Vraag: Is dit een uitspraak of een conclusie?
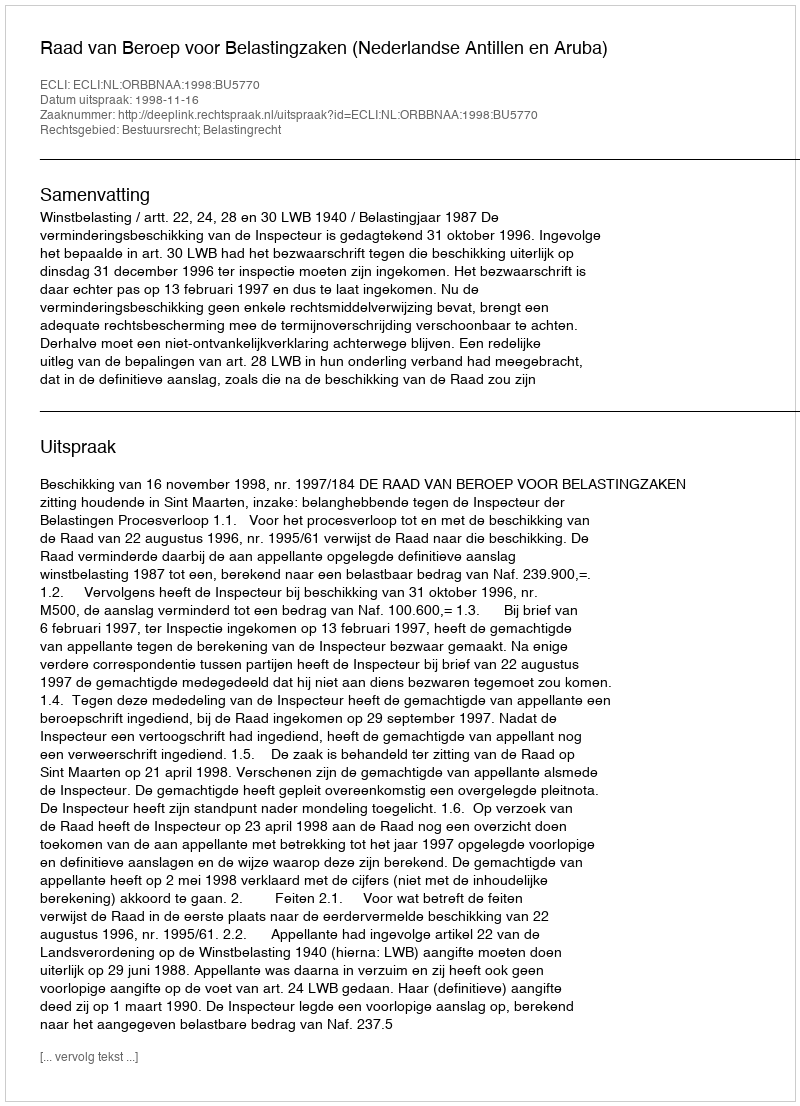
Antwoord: Uitspraak